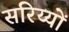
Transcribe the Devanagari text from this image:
सरिय्यों